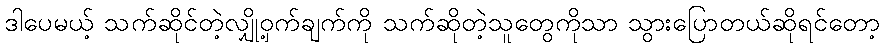
ဒါပေမယ့် သက်ဆိုင်တဲ့လျှို့ဝှက်ချက်ကို သက်ဆိုတဲ့သူတွေကိုသာ သွားပြောတယ်ဆိုရင်တော့